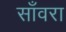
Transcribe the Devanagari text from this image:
साँवरा